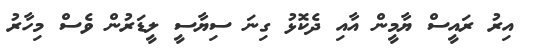
އިރު ރައީސް ޔާމީން އާއި ދެކޮޅު ގިނަ ސިޔާސީ ލީޑަރުން ވެސް މިހާރު